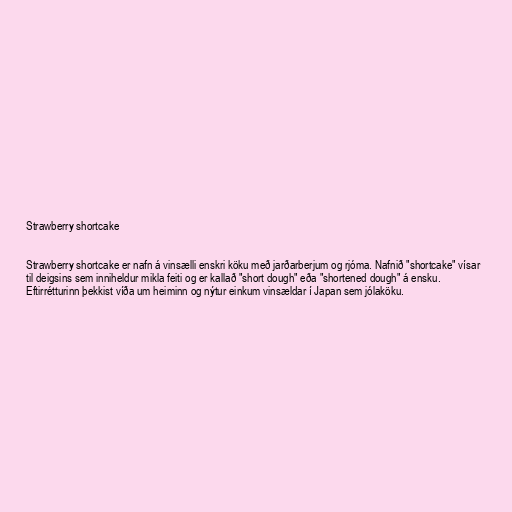
Strawberry shortcake

Strawberry shortcake er nafn á vinsælli enskri köku með jarðarberjum og rjóma. Nafnið "shortcake" vísar
til deigsins sem inniheldur mikla feiti og er kallað "short dough" eða "shortened dough" á ensku.
Eftirrétturinn þekkist víða um heiminn og nýtur einkum vinsældar í Japan sem jólaköku.